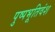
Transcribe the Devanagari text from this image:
पुष्पभूतिवंश